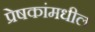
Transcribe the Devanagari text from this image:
प्रेषकांमधील